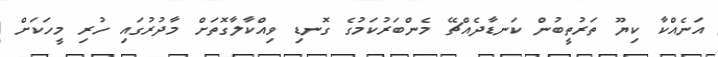
އަނެއްކާ ކިޔޫ ތަރުތީބުން ކަނޑާދެއްޗޭ މެންބަރުކަމުގެ ގޮނޑި ވިއްކާލާގޮތަށް މާދުރުގައި ހުރި މީހަކަށް